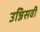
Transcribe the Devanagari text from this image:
उन्निसवी